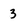
Character: 3